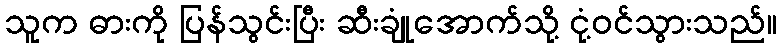
သူက ဓားကို ပြန်သွင်းပြီး ဆီးချုံအောက်သို့ ငုံ့ဝင်သွားသည်။